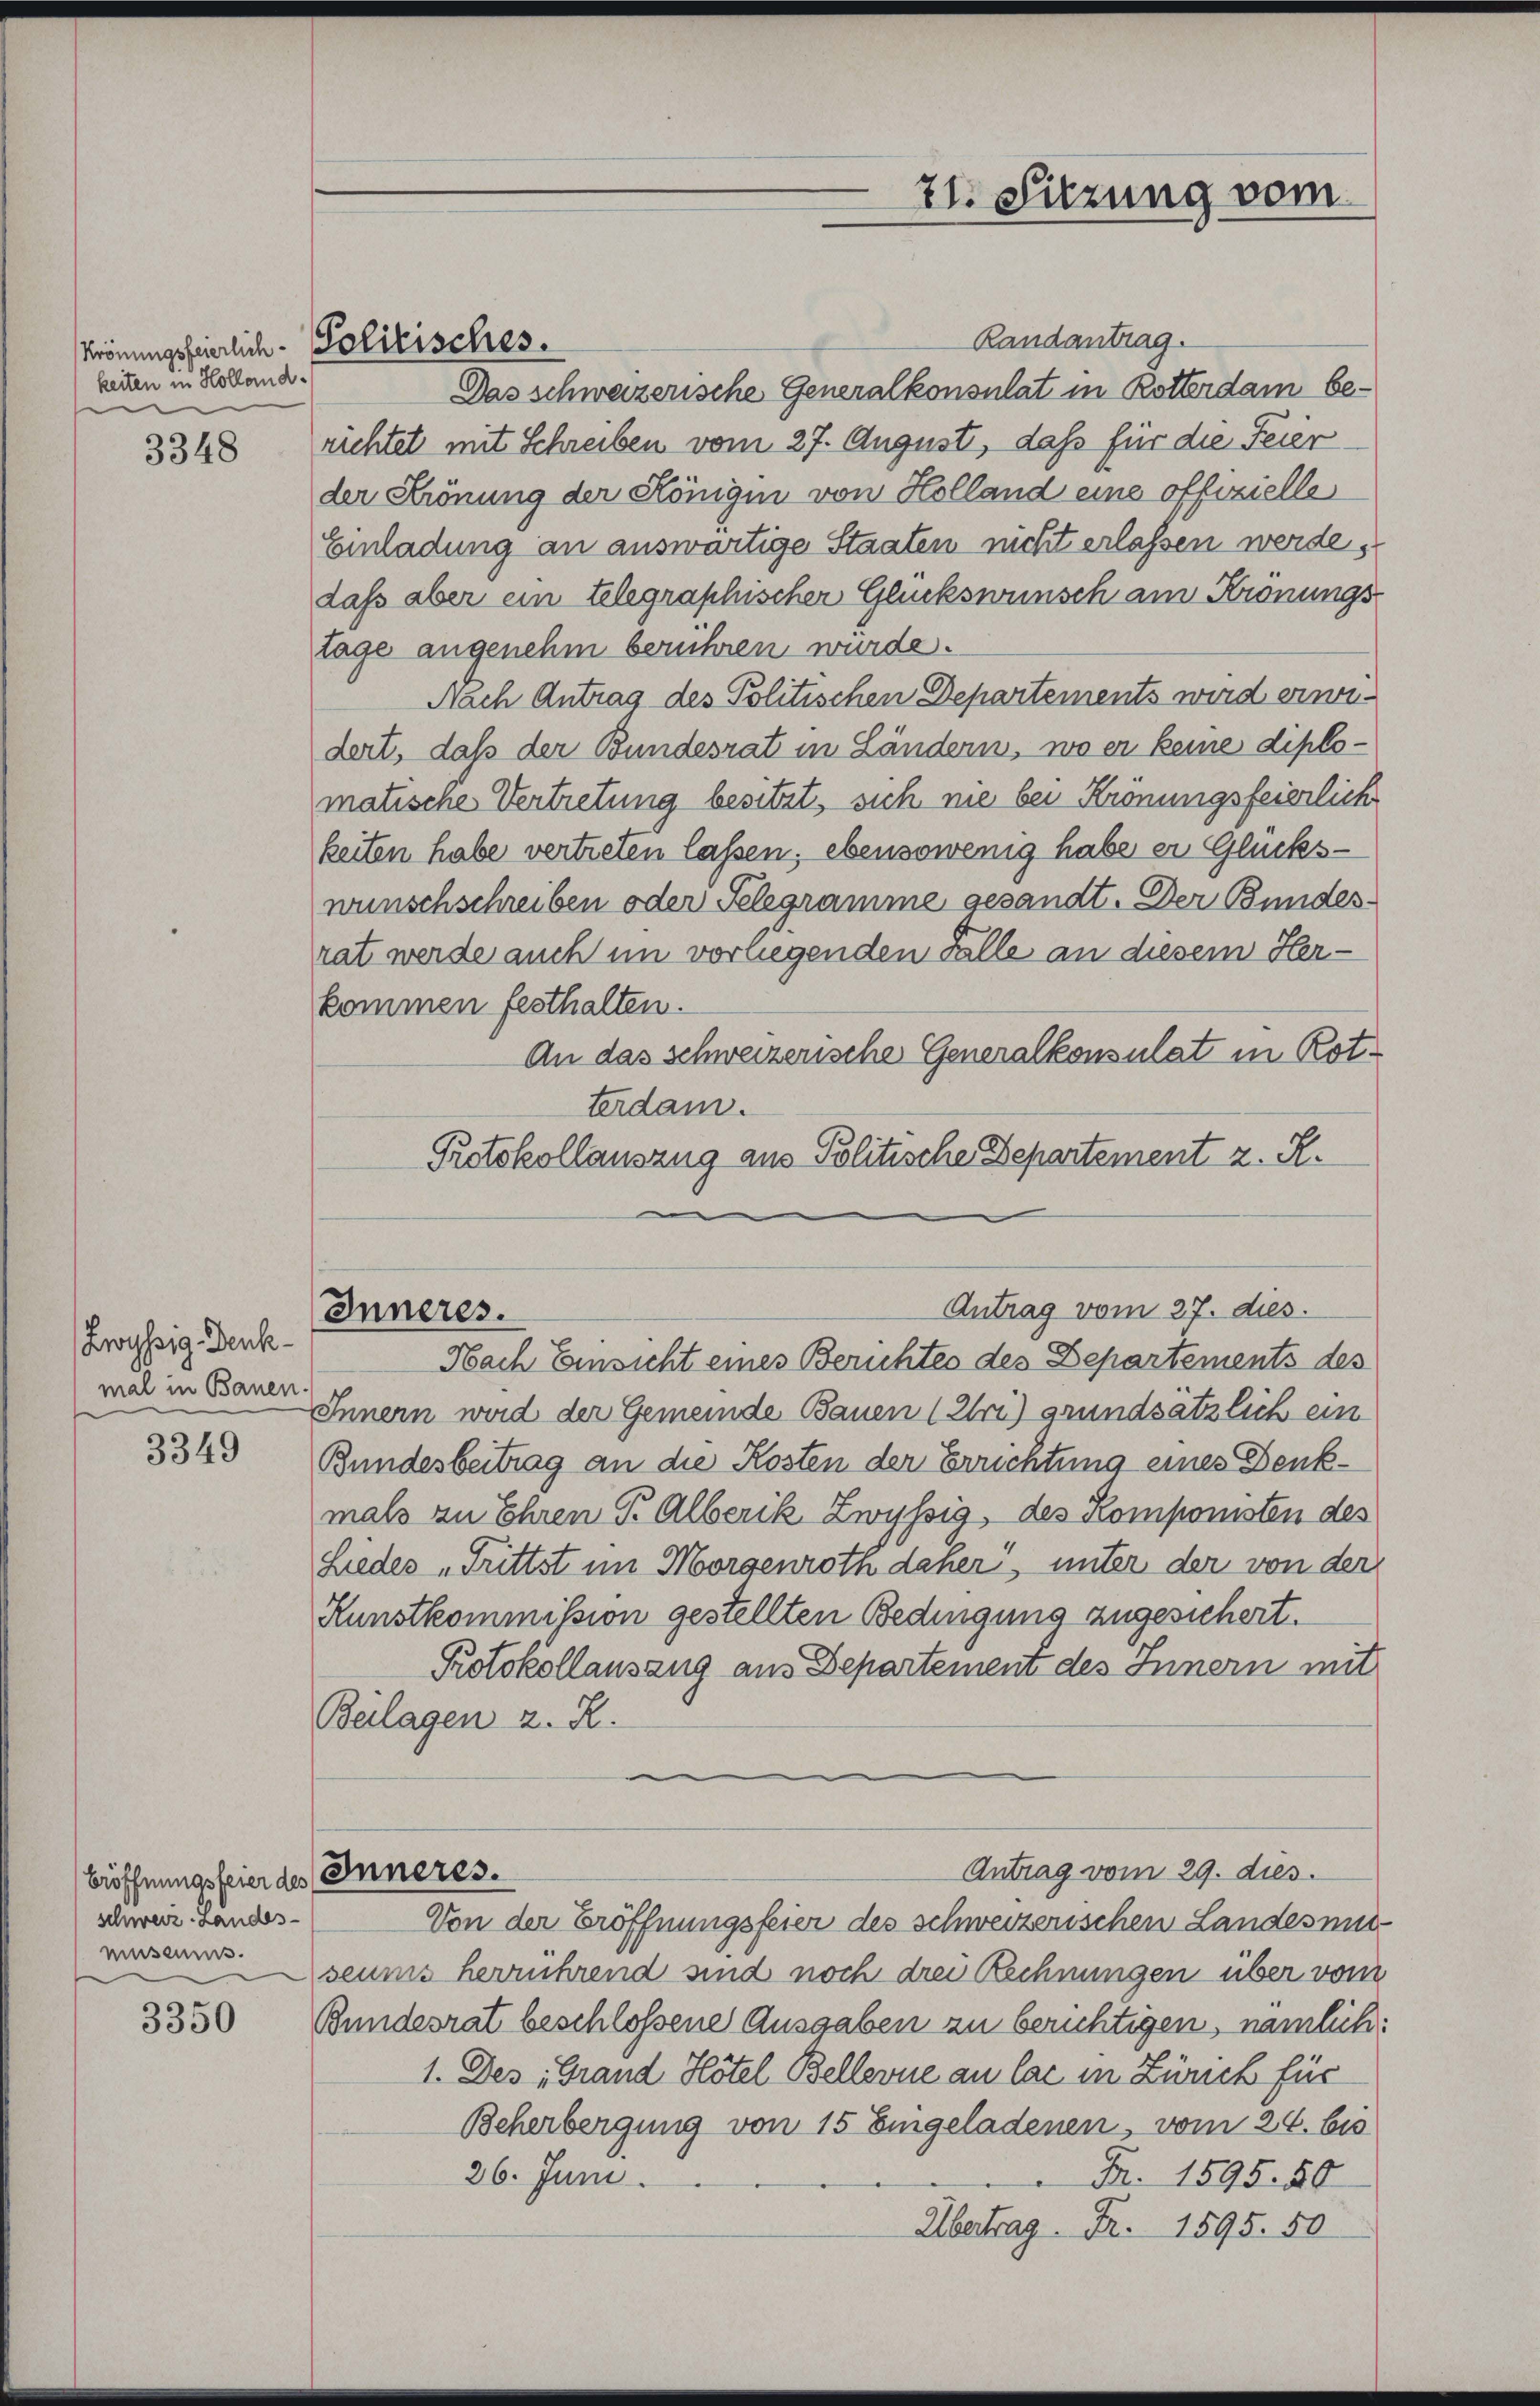
Krönungsfeierlich-
keiten in Holland.

3348

Zwyssig Denk-
mal in Bauen

3349

Eröffnungsfeier des
schweiz Landes-
museums.

3350

Randantrag.
Das schweizerische Generalkonsulat in Rotterdam berichtet mit Schreiben vom 27. August, daß für die Feier
der Krönung der Königin von Kolland eine offizielle
Einladung an auswärtige Staaten nicht erlassen werde,
dass aber ein telegraphischer Glückswunsch am Kronungs-
tage angenehm berühren wurde.
Nach Antrag des Politischen Departements wird erwidert, daß der Bundesrat in Ländern, wo er keine diplomatische Vertretung besitzt, sich nie bei Krönungsfeierlich
keiten habe vertreten lassen; ebensowenig habe er Glückswunschschreiben oder Telegramme gesandt. Der Bundes.
rat werde auch im vorliegenden Falle an diesem Herkommen festhalten.
An das schweizerische Generalkonsulat in Rotterdam.
Protokollauszug aus Politische Departement z. R.

Solitisches.

Inneres.

21. Sitzung vom

Antrag vom 27. dies

Nach Einsicht eines Berichtes des Departements des
Innern wird der Gemeinde Bauen (Uri) grundsätzlich ein
Bundesbeitrag an die Kosten der Errichtung eines Denkmals zu Ehren P. Alberik Zwyssig, des Komponisten des
Liedes „Trittst im Morgenroth daher, unter der von der
Kunstkommission gestellten Bedingung zugesichert.
Protokollansang aus Departement des Innern mit
Bulagen z. R.
Antrag vom 29. dies.
Inneres.
Von der Eröffnungsfeier des schweizerischen Landes mit
seums herrührend sind noch drei Rechnungen über vom
Bundesrat beschlossene Ausgaben zu berichtigen, nämlich
1. Des „Grand Hotel Bellerne an las in Zürich für
Beherbergung von 15 Eingeladenen, vom 24. bis
26. Juni.
Fr. 1595. 80
Übertrag. Fr. 1595. 50